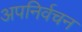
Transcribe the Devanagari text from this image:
अपनिर्वचन